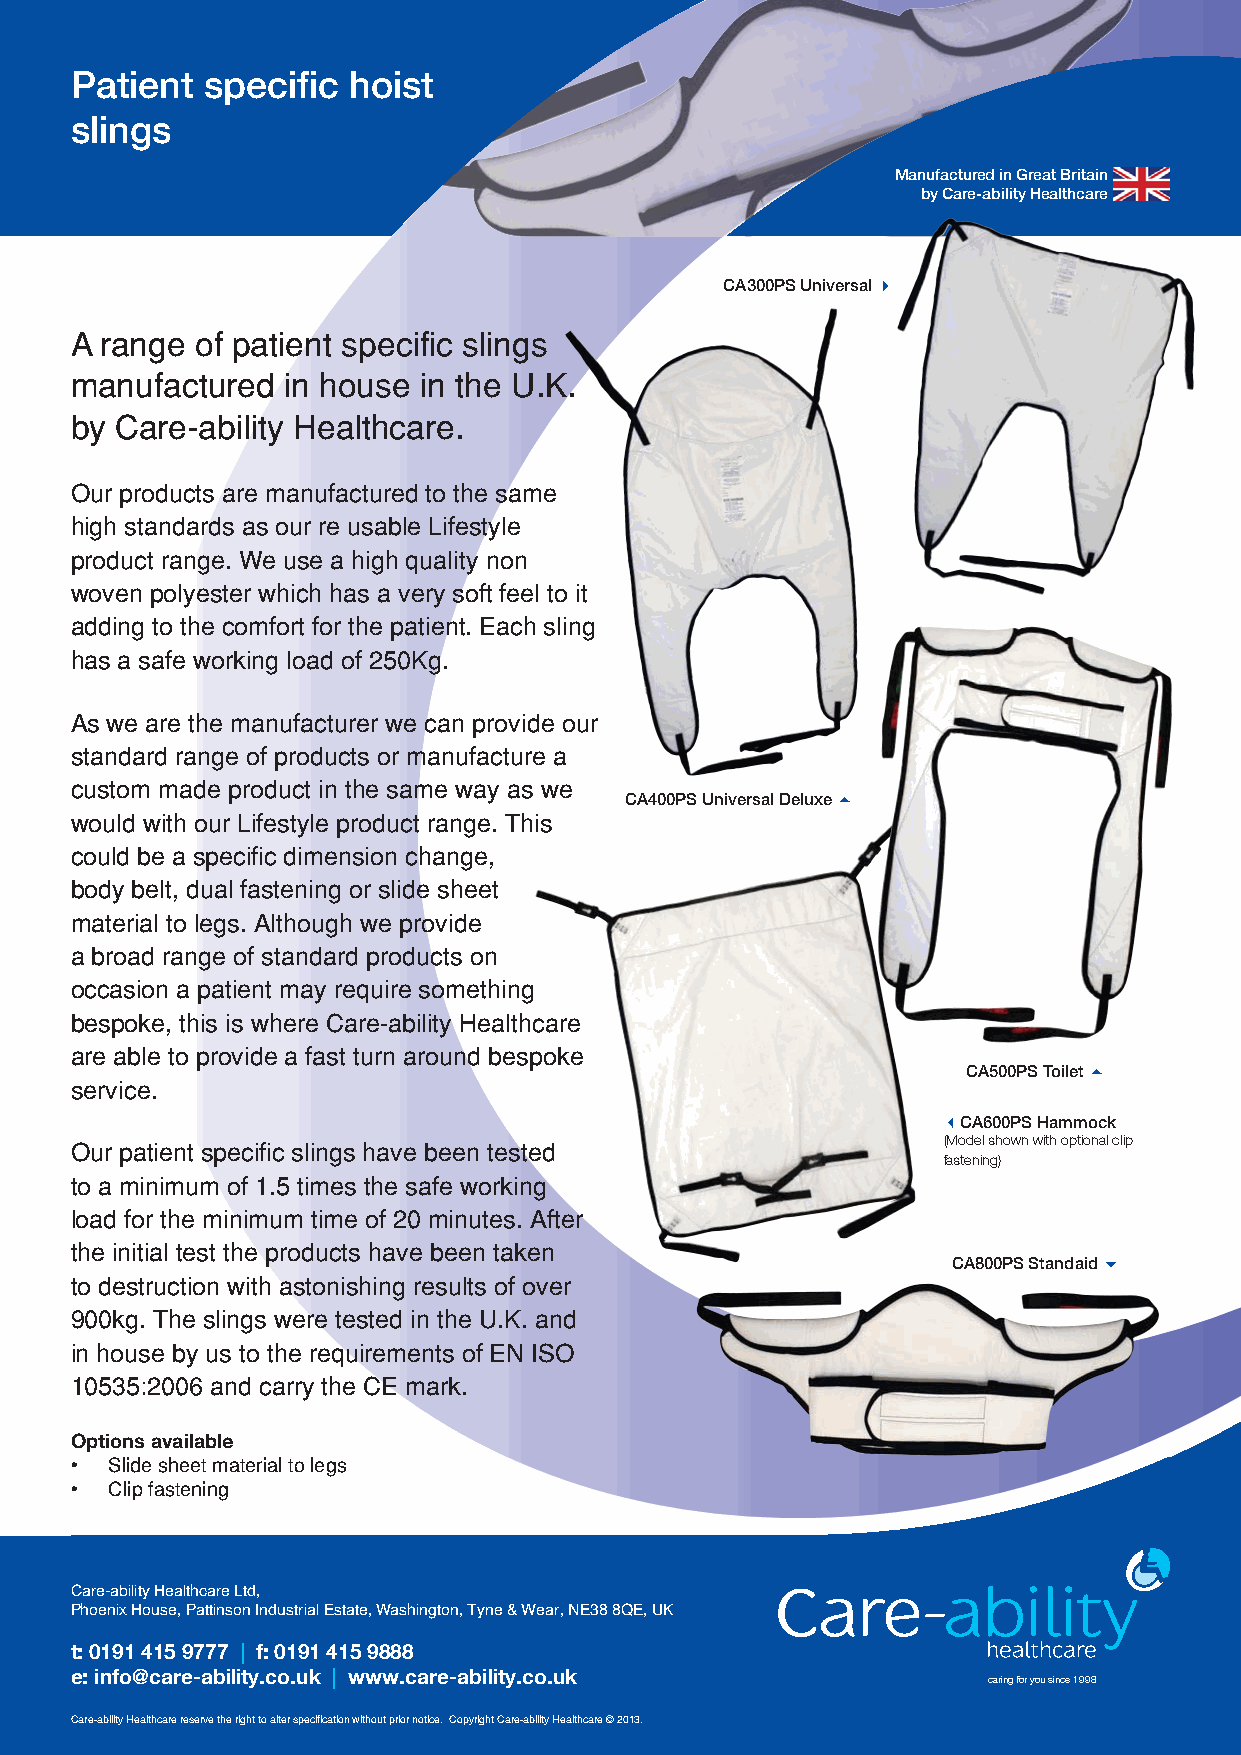
Patient specific  hoist
 slings
 Manufactured in Great Britain
 by Care-ability Healthcare
 CA300PS Universal 
 A range of patient specific slings
 manufactured  in house in the U.K.
 by Care-ability Healthcare.
 Our products are manufactured to the same
 high standards as our re usable Lifestyle
 product range. We use a high quality non
 woven polyester which has a very soft feel to it
 adding to the comfort for the patient. Each sling
 has a safe working load of 250Kg.
 As we are the manufacturer we can provide our
 standard range of products or manufacture a
 custom made product in the same way as we
 CA400PS Universal Deluxe 
 would with our Lifestyle product range. This
 could be a specific dimension change,
 body belt, dual fastening or slide sheet
 material to legs. Although we provide
 a broad range of standard products on
 occasion a patient may require something
 bespoke, this is where Care-ability Healthcare
 are able to provide a fast turn around bespoke
 CA500PS Toilet 
 service.
 CA600PS Hammock
 (Model shown with optional clip
 Our patient specific slings have been tested
 fastening)
 to a minimum of 1.5 times the safe working
 load for the minimum time of 20 minutes. After
 the initial test the products have been taken
 CA800PS Standaid 
 to destruction with astonishing results of over
 900kg. The slings were tested in the U.K. and
 in house by us to the requirements of EN ISO
 10535:2006 and carry the CE mark.
 Options available
 • Slide sheet material to legs
 • Clip fastening
 Care-ability Healthcare Ltd,
 Phoenix House, Pattinson Industrial Estate, Washington, Tyne & Wear, NE38 8QE, UK
 t: 0191 415 9777 | f: 0191 415 9888
 e: info@care-ability.co.uk | www.care-ability.co.uk
 caring for you since 1998
 Care-ability Healthcare reserve the right to alter specification without prior notice. Copyright Care-ability Healthcare © 2013.